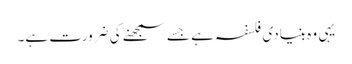
یہی وہ بنیادی فلسفہ ہے جسے سمجھنے کی ضرورت ہے۔